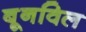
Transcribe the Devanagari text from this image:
बूनविल